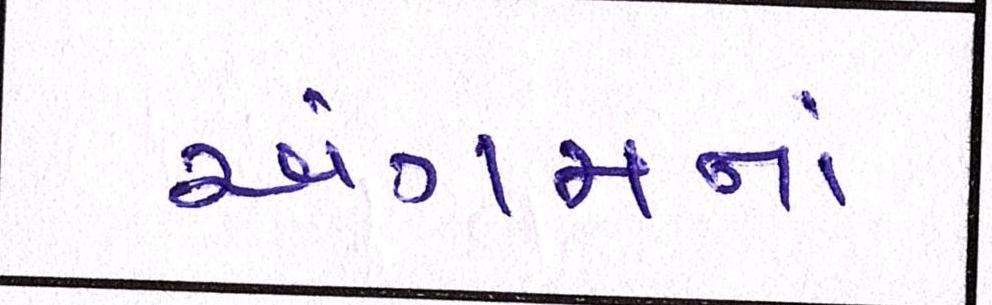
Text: અંગમનાં